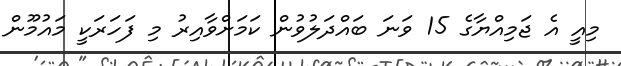
މިއީ އެ ޖަމިއްޔާގެ 15 ވަނަ ބައްދަލުވުން ކަމަށްވާއިރު މި ފަހަރަކީ މައުމޫން